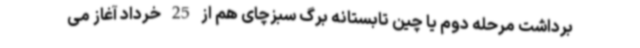
برداشت مرحله دوم یا چین تابستانه برگ سبزچای هم از 25 خرداد آغاز می